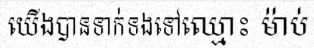
យើងបានទាក់ទងទៅឈ្មោះ ម៉ាប់